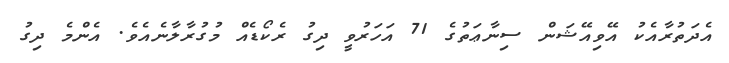
އެދަތުރާއެކު އޭވިއޭޝަން ސިނާޢަތުގެ 71 އަހަރުވީ ދިގު ރެކޯޑެއް މުގުރާލާނެއެވެ. އެންމެ ދިގު